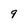
Character: 9